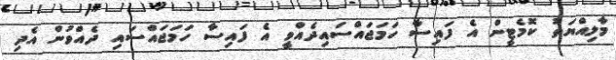
މާލިއްޔަތު ކޮމެޓީން އެ ފައިސާ ހަމަޖައްސައިދެއްވީ އެ ފައިސާ ހަމަޖައްސައި ދެއްވުން އެދި